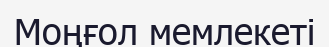
Моңғол мемлекеті